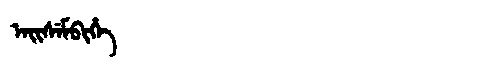
Manchu: ᠠᡳᠰᡝᠮᠪᡳᡥᡝ
Romanization: AISEMBIHE